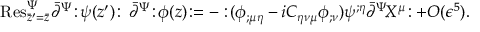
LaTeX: \mathrm { R e s } _ { \bar { z } ^ { \prime } = \bar { z } } ^ { \Psi } \bar { \partial } ^ { \Psi } \! : \! \psi ( z ^ { \prime } ) \! : \, \bar { \partial } ^ { \Psi } \! : \! \phi ( z ) \! : = - : \! ( \phi _ { ; \mu \eta } - i C _ { \eta \nu \mu } \phi _ { ; \nu } ) \psi ^ { ; \eta } \bar { \partial } ^ { \Psi } \! X ^ { \mu } \! : + O ( \epsilon ^ { 5 } ) .